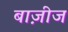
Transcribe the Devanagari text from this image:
बाज़ीज